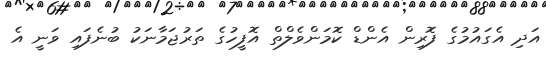
އަދި އެގައުމުގެ ފޮރިން އެންޑް ކޮމަންވެލްތް އޮފީހުގެ ތަރުޖަމާނަކު ބުނެފައި ވަނީ އެ